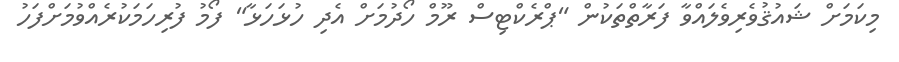
މިކަމަށް ޝައުޤުވެރިވެލައްވާ ފަރާތްތަކުން "ޕްރެކްޓިސް ރޫމް ހޯދުމަށް އެދި ހުޅަހަޅާ" ފޯމު ފުރިހަމަކުރެއްވުމަށްފަހު